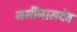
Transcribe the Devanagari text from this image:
नर्सीनामदेव